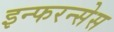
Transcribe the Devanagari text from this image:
इन्फरन्सेस